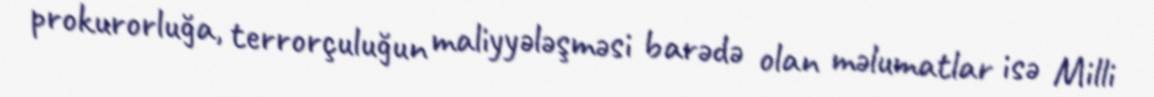
prokurorluğa, terrorçuluğun maliyyələşməsi barədə olan məlumatlar isə Milli